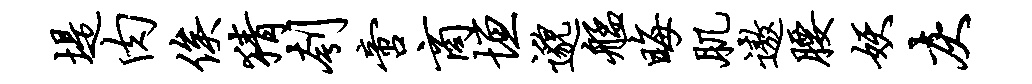
堤肉俟猜刳啻商垣邈艋晦肌遨腰妖灰